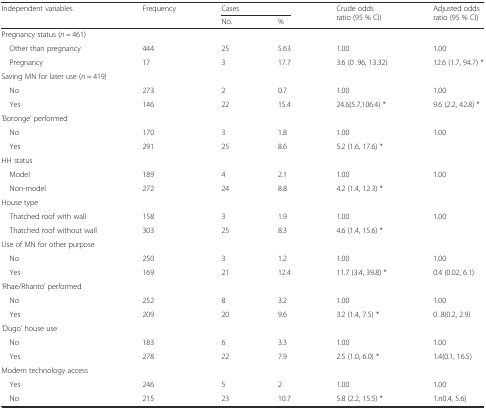
<table><thead><tr><td rowspan="2"><b>Independent variables</b></td><td rowspan="2"><b>Frequency</b></td><td colspan="2"><b>Cases</b></td><td rowspan="2"><b>Crude odds ratio (95 % CI)</b></td><td rowspan="2"><b>Adjusted odds ratio (95 % CI)</b></td></tr><tr><td><b>No.</b></td><td><b>%</b></td></tr></thead><tbody><tr><td colspan="6">Pregnancy status (<i>n</i> = 461)</td></tr><tr><td> Other than pregnancy</td><td>444</td><td>25</td><td>5.63</td><td>1.00</td><td>1.00</td></tr><tr><td> Pregnancy</td><td>17</td><td>3</td><td>17.7</td><td>3.6 (0 .96, 13.32)</td><td>12.6 (1.7, 94.7) *</td></tr><tr><td colspan="6">Saving MN for later use (<i>n</i> = 419)</td></tr><tr><td> No</td><td>273</td><td>2</td><td>0.7</td><td>1.00</td><td>1.00</td></tr><tr><td> Yes</td><td>146</td><td>22</td><td>15.4</td><td>24.6(5.7,106.4) *</td><td>9.6 (2.2, 42.8) *</td></tr><tr><td colspan="6">‘Boronge’ performed</td></tr><tr><td> No</td><td>170</td><td>3</td><td>1.8</td><td>1.00</td><td>1.00</td></tr><tr><td> Yes</td><td>291</td><td>25</td><td>8.6</td><td>5.2 (1.6, 17.6) *</td><td></td></tr><tr><td colspan="6">HH status</td></tr><tr><td> Model</td><td>189</td><td>4</td><td>2.1</td><td>1.00</td><td>1.00</td></tr><tr><td> Non-model</td><td>272</td><td>24</td><td>8.8</td><td>4.2 (1.4, 12.3) *</td><td></td></tr><tr><td colspan="6">House type</td></tr><tr><td> Thatched roof with wall</td><td>158</td><td>3</td><td>1.9</td><td>1.00</td><td>1.00</td></tr><tr><td> Thatched roof without wall</td><td>303</td><td>25</td><td>8.3</td><td>4.6 (1.4, 15.6) *</td><td></td></tr><tr><td colspan="6">Use of MN for other purpose</td></tr><tr><td> No</td><td>250</td><td>3</td><td>1.2</td><td>1.00</td><td>1.00</td></tr><tr><td> Yes</td><td>169</td><td>21</td><td>12.4</td><td>11.7 (3.4, 39.8) *</td><td>0.4 (0.02, 6.1)</td></tr><tr><td colspan="6">‘Rhae/Rhanto’ performed</td></tr><tr><td> No</td><td>252</td><td>8</td><td>3.2</td><td>1.00</td><td>1.00</td></tr><tr><td> Yes</td><td>209</td><td>20</td><td>9.6</td><td>3.2 (1.4, 7.5) *</td><td>0 .8(0.2, 2.9)</td></tr><tr><td colspan="6">‘Dugo’ house use</td></tr><tr><td> No</td><td>183</td><td>6</td><td>3.3</td><td>1.00</td><td>1.00</td></tr><tr><td> Yes</td><td>278</td><td>22</td><td>7.9</td><td>2.5 (1.0, 6.0) *</td><td>1.4(0.1, 16.5)</td></tr><tr><td colspan="6">Modern technology access</td></tr><tr><td> Yes</td><td>246</td><td>5</td><td>2</td><td>1.00</td><td>1.00</td></tr><tr><td> No</td><td>215</td><td>23</td><td>10.7</td><td>5.8 (2.2, 15.5) *</td><td>1.n0.4, 5.6)</td></tr></tbody></table>